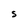
Character: S